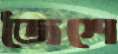
জৈশে